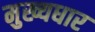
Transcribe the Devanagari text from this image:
मुख्यधार